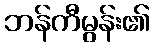
ဘန်ကီမွန်း၏